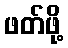
ဖတ်ဖို့